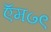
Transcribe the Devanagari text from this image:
ऍम७९